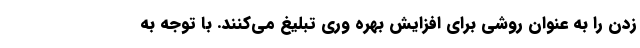
زدن را به عنوان روشی برای افزایش بهره وری تبلیغ می‌کنند. با توجه به